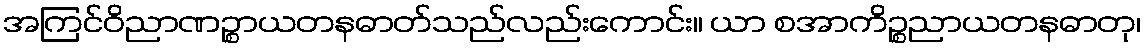
အကြင်ဝိညာဏဉ္စာယတနဓာတ်သည်လည်းကောင်း။ ယာ စအာကိဉ္စညာယတနဓာတု၊